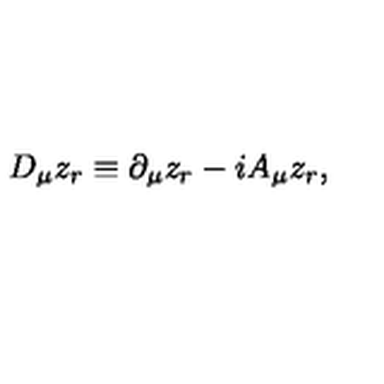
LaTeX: D _ { \mu } z _ { r } \equiv \partial _ { \mu } z _ { r } - i A _ { \mu } z _ { r } ,